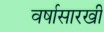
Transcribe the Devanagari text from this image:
वर्षासारखी